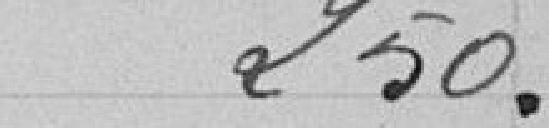
250 .